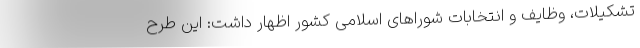
تشکیلات، وظایف و انتخابات شوراهای اسلامی کشور اظهار داشت: این طرح